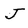
Character: J